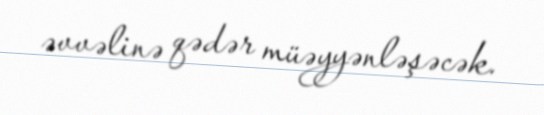
əvvəlinə qədər müəyyənləşəcək.